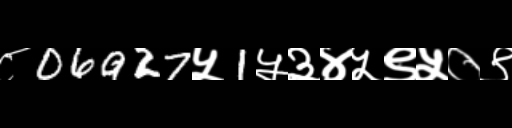
Text: ८06927५1५३४५९५०९